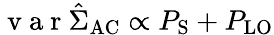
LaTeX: \mathrm{~v~a~r~}\hat{\Sigma}_{\mathrm{AC}}\propto P_{\mathrm{S}}+P_{\mathrm{LO}}